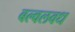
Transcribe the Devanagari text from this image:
बल्वलवध